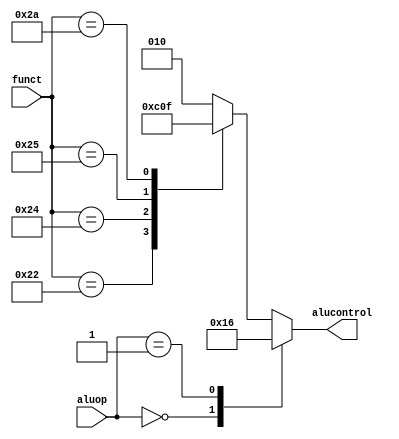
`timescale 1ns / 1ps
//////////////////////////////////////////////////////////////////////////////////
// Company: 
// Engineer: 
// 
// Design Name: 
// Module Name: aludec
// Project Name: 
// Target Devices: 
// Tool Versions: 
// Description: 
// 
// Dependencies: 
// 
// Revision:
// Revision 0.01 - File Created
// Additional Comments:
// 
//////////////////////////////////////////////////////////////////////////////////


module aludec(
               input [5:0] funct,
               input [1:0] aluop,
               output reg [2:0] alucontrol);

always @(*)
    case (aluop)
        2'b00: alucontrol <= 3'b010;
        2'b01: alucontrol <= 3'b110;
        default: case(funct)
            6'b100000: alucontrol <= 3'b010; //ADD
            6'b100010: alucontrol <= 3'b110; //SUB
            6'b100100: alucontrol <= 3'b000; //AND
            6'b100101: alucontrol <= 3'b001; //OR
            6'b101010: alucontrol <= 3'b111; //SLT
            default: alucontrol <= 3'b010;
        endcase
    endcase
endmodule